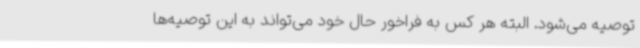
توصیه می‌شود. البته هر کس به فراخور حال خود می‌تواند به این توصیه‌ها